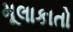
મૂલાકાતો